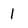
Character: 1